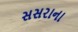
સસરાના